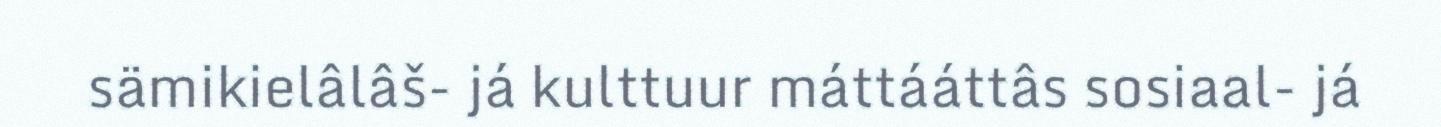
sämikielâlâš- já kulttuur máttááttâs sosiaal- já